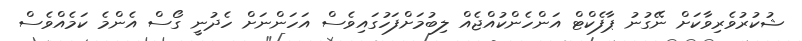
ޝުކުރުވެރިވާކަށް ނޭގުނު ޕާފެކްޓް އަންހެންކުއްޖެއް ލިބުމަށްފަހުގައިވެސް އަހަންނަށް ހެދުނީ ގޯސް އެންމެ ކަމެއްވެސް